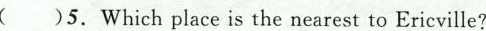
( )5.Which place is the nearest to Ericville?